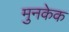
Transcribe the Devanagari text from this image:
मुनकेक